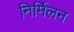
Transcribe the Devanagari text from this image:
निर्मिलन